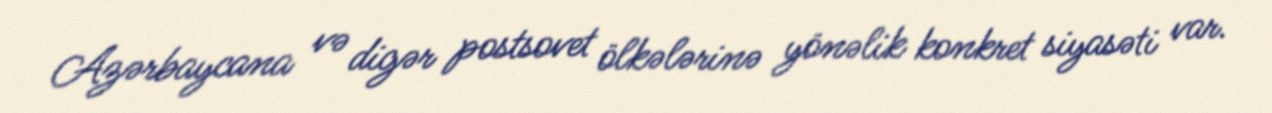
Azərbaycana və digər postsovet ölkələrinə yönəlik konkret siyasəti var.